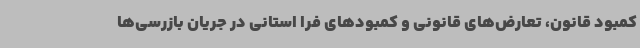
کمبود قانون، تعارض‌های قانونی و کمبودهای فرا استانی در جریان بازرسی‌ها